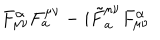
F _ { \mu \nu } ^ { \alpha } F _ { a } ^ { \mu \nu } - i { \tilde { F } } _ { a } ^ { \mu \nu } F _ { \mu \nu } ^ { \alpha }